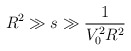
\begin{align*}R^{2}\gg s\gg \frac{1}{V_{0}^{2}R^{2}} \end{align*}